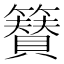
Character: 𮆫